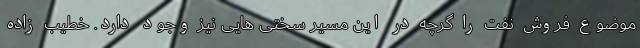
موضوع فروش نفت را گرچه در این مسیر سختی هایی نیز وجود دارد. خطیب زاده